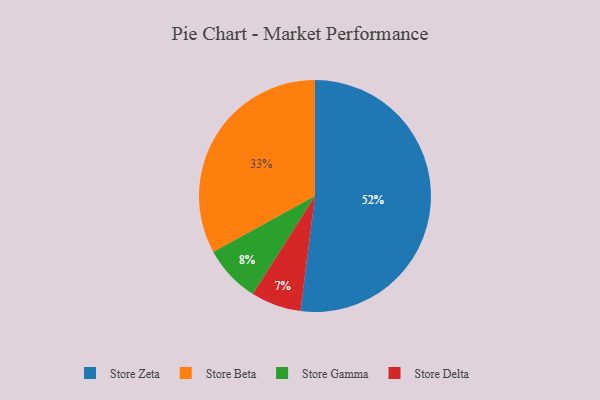
{"axis": {"x": "Category", "y": "Percentage"}, "legend": ["Store Beta", "Store Delta", "Store Gamma", "Store Zeta"], "data": [{"x": "Store Beta", "y": 33, "type": "Store Beta"}, {"x": "Store Zeta", "y": 52, "type": "Store Zeta"}, {"x": "Store Delta", "y": 7, "type": "Store Delta"}, {"x": "Store Gamma", "y": 8, "type": "Store Gamma"}]}